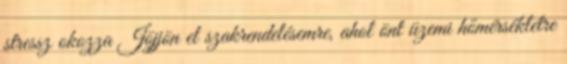
stressz okozza Jöjjön el szakrendelésemre, ahol önt üzemi hőmérsékletre